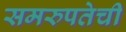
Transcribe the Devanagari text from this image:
समरुपतेची